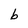
Character: b